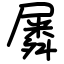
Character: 𡳞